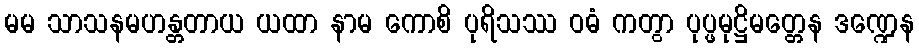
မမ သာသနမဟန္တတာယ ယထာ နာမ ကောစိ ပုရိသဿ ဝဓံ ကတွာ ပုပ္ဖမုဋ္ဌိမတ္တေန ဒဏ္ဍေန